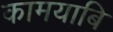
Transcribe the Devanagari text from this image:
कामयाबि